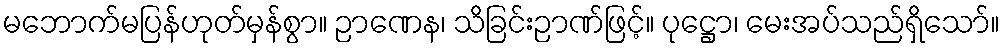
မဘောက်မပြန်ဟုတ်မှန်စွာ။ ဉာဏေန၊ သိခြင်းဉာဏ်ဖြင့်။ ပုဋ္ဌော၊ မေးအပ်သည်ရှိသော်။